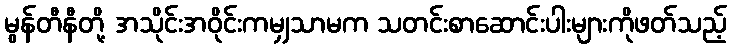
မွန်တီနီတို့ အသိုင်းအဝိုင်းကမျှသာမက သတင်းစာဆောင်းပါးများကိုဖတ်သည့်